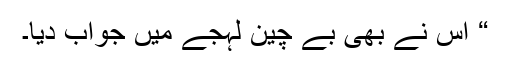
“ اس نے بھی بے چین لہجے میں جواب دیا۔